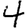
Digit: 4